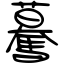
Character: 驀